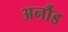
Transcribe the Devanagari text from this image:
अर्नौड